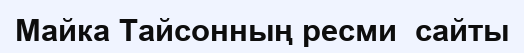
Майка Тайсонның ресми  сайты